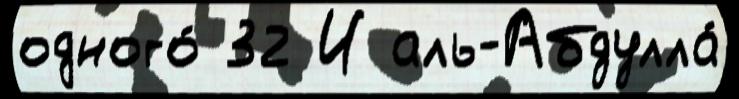
одного́ 32 И аль-Абдулла́